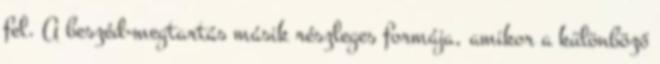
fel. A beszéd-megtartás másik részleges formája, amikor a különböző